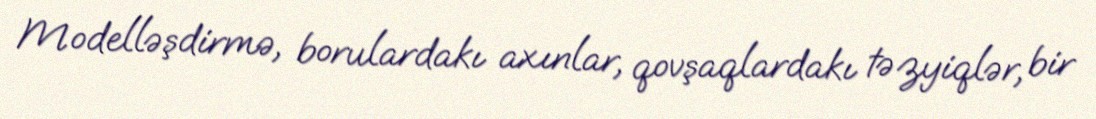
Modelləşdirmə, borulardakı axınlar, qovşaqlardakı təzyiqlər, bir